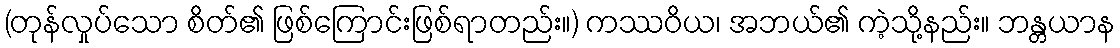
(တုန်လှုပ်သော စိတ်၏ ဖြစ်ကြောင်းဖြစ်ရာတည်း။) ကဿဝိယ၊ အဘယ်၏ ကဲ့သို့နည်း။ ဘန္တယာန